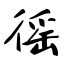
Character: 徭